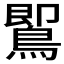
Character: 𪃹